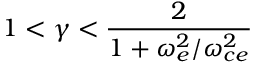
1 < \gamma < \frac { 2 } { 1 + \omega _ { e } ^ { 2 } / \omega _ { c e } ^ { 2 } }